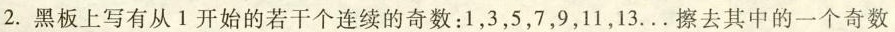
2.黑板上写有从1开始的若干个连续的奇数：1，3，5，7，9，11，13...擦去其中的一个奇数